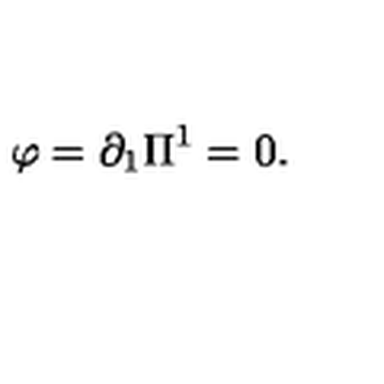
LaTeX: \varphi = \partial _ { 1 } \Pi ^ { 1 } = 0 .